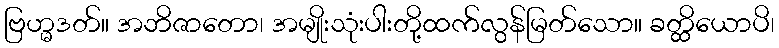
ဗြဟ္မဒတ်။ အဘိဇာတော၊ အမျိုးသုံးပါးတို့ထက်လွန်မြတ်သော။ ခတ္ထိယောပိ၊